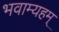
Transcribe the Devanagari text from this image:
भवाम्यहम्